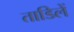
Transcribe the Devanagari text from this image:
ताडिलें